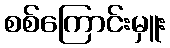
စစ်ကြောင်းမှူး